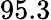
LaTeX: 95.3